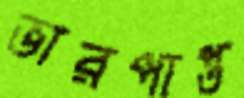
ভারপাপ্ত